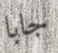
جابا